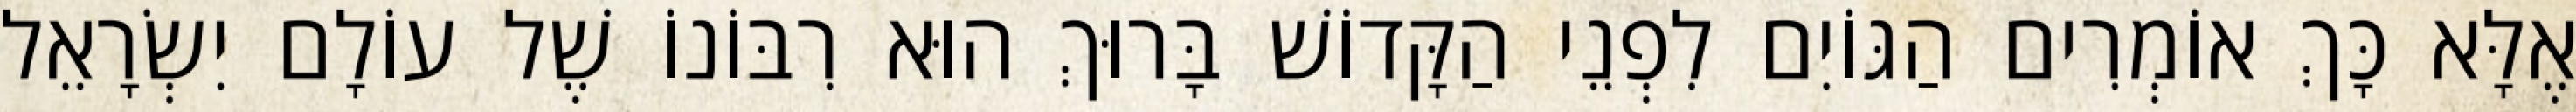
אֶלָּא כָּךְ אוֹמְרִים הַגּוֹיִם לִפְנֵי הַקָּדוֹשׁ בָּרוּךְ הוּא רִבּוֹנוֹ שֶׁל עוֹלָם יִשְׂרָאֵל